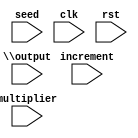
/* Generated by Yosys 0.30+38 (git sha1 eb397592f, clang 14.0.0-1ubuntu1 -fPIC -Os) */

(* top =  1  *)
(* generator = "Amaranth" *)
module top(increment, seed, \output , clk, rst, multiplier);
  reg \$auto$verilog_backend.cc:2097:dump_module$1  = 0;
  (* src = "/home/james/Desktop/Efabless/Project/RNG/Amaranth-Python-Scripts/refined.py:23" *)
  wire [128:0] \$11 ;
  (* src = "/home/james/Desktop/Efabless/Project/RNG/Amaranth-Python-Scripts/refined.py:23" *)
  wire [128:0] \$13 ;
  (* src = "/home/james/Desktop/Efabless/Project/RNG/Amaranth-Python-Scripts/refined.py:22" *)
  wire [31:0] \$2 ;
  (* src = "/home/james/Desktop/Efabless/Project/RNG/Amaranth-Python-Scripts/refined.py:22" *)
  wire [31:0] \$4 ;
  (* src = "/home/james/Desktop/Efabless/Project/RNG/Amaranth-Python-Scripts/refined.py:23" *)
  wire [128:0] \$6 ;
  (* src = "/home/james/Desktop/Efabless/Project/RNG/Amaranth-Python-Scripts/refined.py:23" *)
  wire [127:0] \$8 ;
  (* src = "/home/james/.local/lib/python3.10/site-packages/amaranth/hdl/ir.py:508" *)
  input clk;
  wire clk;
  (* src = "/home/james/Desktop/Efabless/Project/RNG/Amaranth-Python-Scripts/refined.py:8" *)
  input [63:0] increment;
  wire [63:0] increment;
  (* src = "/home/james/Desktop/Efabless/Project/RNG/Amaranth-Python-Scripts/refined.py:8" *)
  wire [63:0] \increment$10 ;
  (* src = "/home/james/Desktop/Efabless/Project/RNG/Amaranth-Python-Scripts/refined.py:7" *)
  input [63:0] multiplier;
  wire [63:0] multiplier;
  (* src = "/home/james/Desktop/Efabless/Project/RNG/Amaranth-Python-Scripts/refined.py:7" *)
  wire [63:0] \multiplier$7 ;
  (* src = "/home/james/Desktop/Efabless/Project/RNG/Amaranth-Python-Scripts/refined.py:11" *)
  input [31:0] \output ;
  wire [31:0] \output ;
  (* src = "/home/james/Desktop/Efabless/Project/RNG/Amaranth-Python-Scripts/refined.py:11" *)
  wire [31:0] \output$1 ;
  (* src = "/home/james/.local/lib/python3.10/site-packages/amaranth/hdl/ir.py:508" *)
  input rst;
  wire rst;
  (* src = "/home/james/Desktop/Efabless/Project/RNG/Amaranth-Python-Scripts/refined.py:9" *)
  input [63:0] seed;
  wire [63:0] seed;
  (* src = "/home/james/Desktop/Efabless/Project/RNG/Amaranth-Python-Scripts/refined.py:10" *)
  reg [63:0] state = 64'h0000000000000000;
  (* src = "/home/james/Desktop/Efabless/Project/RNG/Amaranth-Python-Scripts/refined.py:10" *)
  reg [63:0] \state$next ;
  assign \$11  = \$8  + (* src = "/home/james/Desktop/Efabless/Project/RNG/Amaranth-Python-Scripts/refined.py:23" *) 64'h14057b7ef767814f;
  always @(posedge clk)
    state <= \state$next ;
  assign \$4  = state[31:0] ^ (* src = "/home/james/Desktop/Efabless/Project/RNG/Amaranth-Python-Scripts/refined.py:22" *) \$2 ;
  assign \$8  = state * (* src = "/home/james/Desktop/Efabless/Project/RNG/Amaranth-Python-Scripts/refined.py:23" *) 64'h5851f42d4c957f2d;
  always @* begin
    if (\$auto$verilog_backend.cc:2097:dump_module$1 ) begin end
    \state$next  = \$13 [63:0];
    (* src = "/home/james/.local/lib/python3.10/site-packages/amaranth/hdl/xfrm.py:503" *)
    casez (rst)
      1'h1:
          \state$next  = 64'h0000000000000000;
    endcase
  end
  assign \$6  = \$13 ;
  assign \multiplier$7  = 64'h5851f42d4c957f2d;
  assign \increment$10  = 64'h14057b7ef767814f;
  assign \output$1  = \$4 ;
  assign \$2  = { 18'h00000, state[63:50] };
  assign \$13 [128:64] = 65'h00000000000000000;
  assign \$13 [63:0] = \$11 [63:0];
endmodule